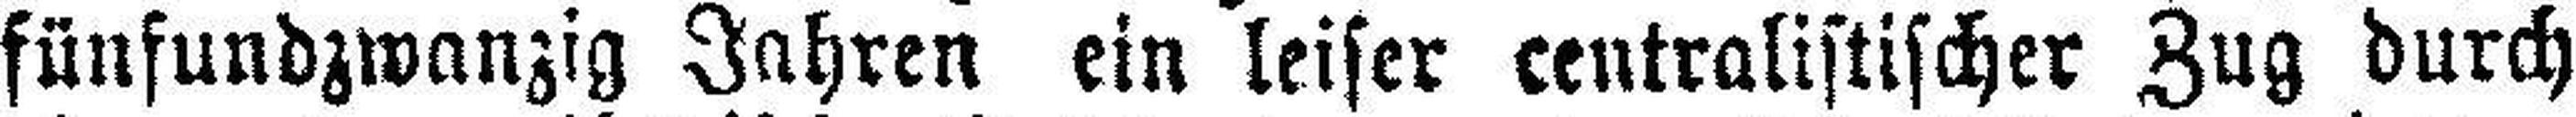
fünfundzwanzig Jahren ein leiser centralistischer Zug durch